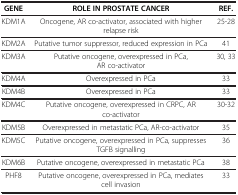
| GENE | ROLE IN PROSTATE CANCER | REF. |
 | --- | --- | --- |
 | KDM1A | Oncogene, AR co-activator, associated with higher relapse risk | 25-28 |
 | KDM2A | Putative tumor suppressor, reduced expression in PCa | 41 |
 | KDM3A | Putative oncogene, overexpressed in PCa, AR co-activator | 30, 33 |
 | KDM4A | Overexpressed in PCa | 33 |
 | KDM4B | Overexpressed in PCa | 33 |
 | KDM4C | Putative oncogene, overexpressed in CRPC, AR co-activator | 30-32 |
 | KDM5B | Overexpressed in metastatic PCa, AR-co-activator | 35 |
 | KDM5C | Putative oncogene, overexpressed in PCa, suppresses TGFB signalling | 36 |
 | KDM6B | Putative oncogene, overexpressed in metastatic PCa | 38 |
 | PHF8 | Putative oncogene, overexpressed in PCa, mediates cell invasion | 33 |